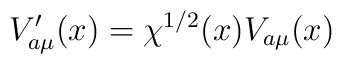
V^{\prime}_{a\mu}(x)=\chi^{1/2}(x)V_{a\mu}(x)